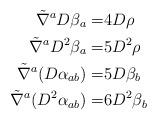
LaTeX: \begin{align*} \tilde \nabla^a D \beta_a = & 4 D \rho\\ \tilde \nabla^a D^2 \beta_a = & 5 D^2 \rho\\\tilde\nabla^a(D\alpha_{ab})= & 5D\beta_b\\\tilde\nabla^a(D^2\alpha_{ab})=& 6 D^2\beta_b\end{align*}